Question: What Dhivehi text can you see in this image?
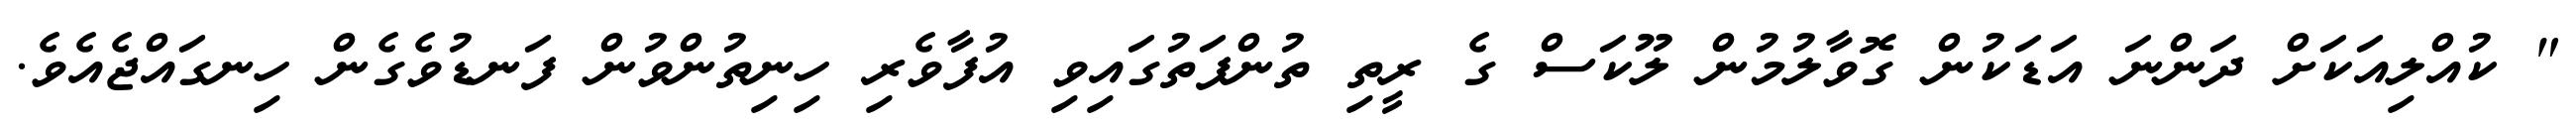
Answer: " ކުއްލިއަކަށް ދަންނަ އަޑަކުން ގޮވާލުމުން ލޫކަސް ގެ ރީތި ތުންފަތުގައިވި އުފާވެރި ހިނިތުންވުން ފަނޑުވެގެން ހިނގައްޖެއެވެ.